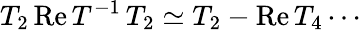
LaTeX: T_{2}\, \mathrm{Re}\, T^{-1}\, T_{2}\simeq T_{2}-\mathrm{Re}\, T_{4}\cdots